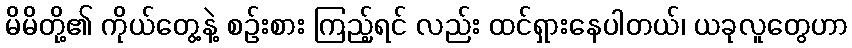
မိမိတို့၏ ကိုယ်တွေ့နဲ့ စဉ်းစား ကြည့်ရင် လည်း ထင်ရှားနေပါတယ်၊ ယခုလူတွေဟာ